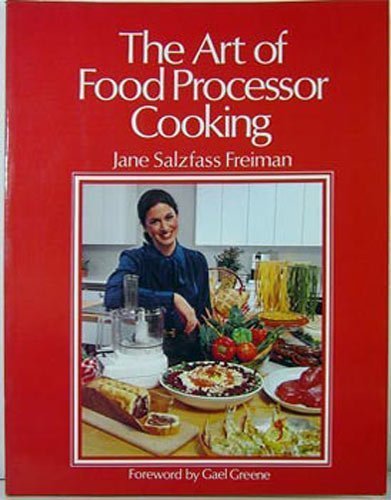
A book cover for The Art of Food Processor Cooking; Jane Freiman; Cookbooks, Food & Wine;